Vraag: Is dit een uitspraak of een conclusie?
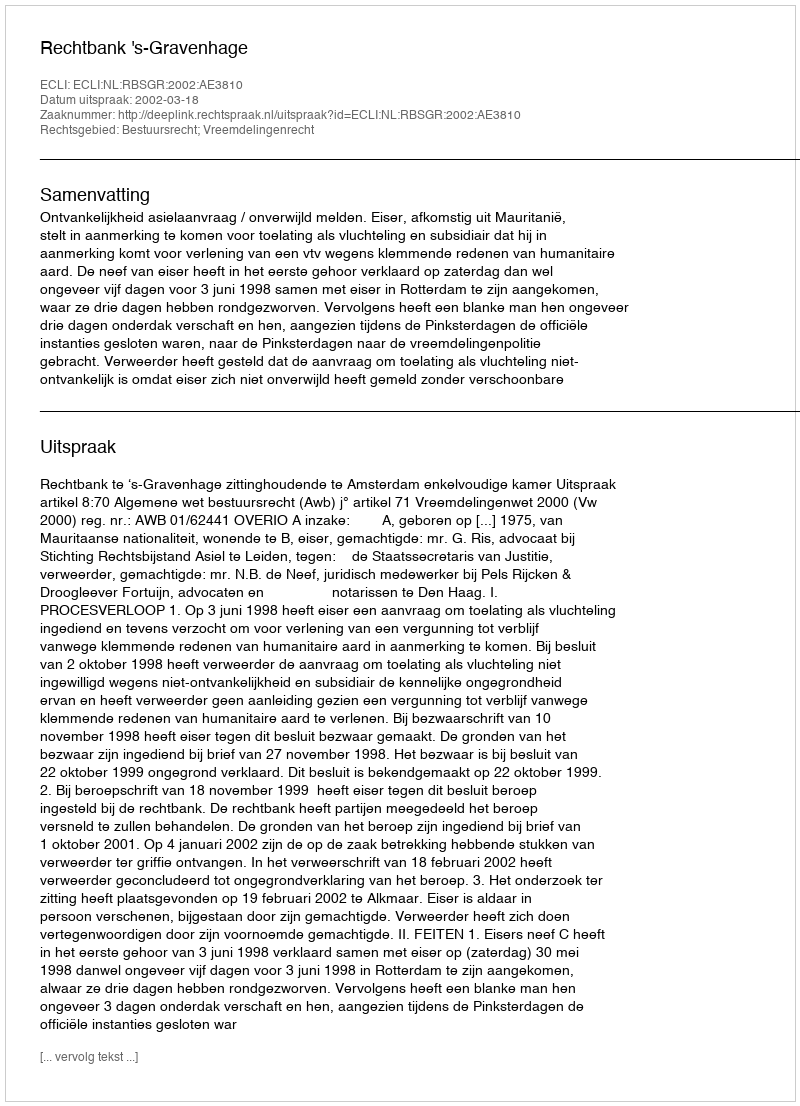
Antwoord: Uitspraak